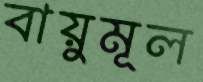
বায়ুমূল